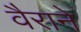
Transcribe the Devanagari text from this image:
वैराने